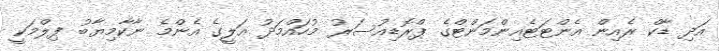
އަދި ޑާކް ރެއިން އެންޓަޓެއިންމަންޓްގެ ޕްރޮޑިއުސަރު މުހައްމަދު އަލީގެ އެންމެ ނާކާމިޔާބު ފިލްމަކީ